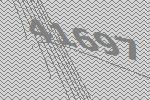
41697